Vaccination in Bombay 1863-1868 - 1863-1868
Year: 1863
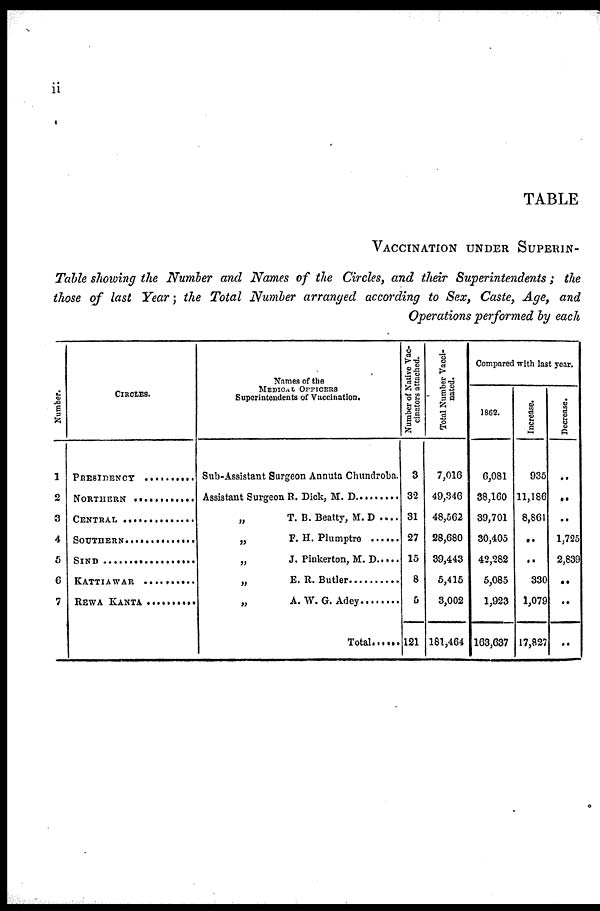
ii
TABLE
VACCINATION UNDER SUPERIN-
Table showing the Number and Names of the Circles, and their Superintendents; the
those of last Year; the Total Number arranged according to Sex, Caste, Age, and
Operations performed by each
Number.
1
2
3
4
5
6
7
CIRCLES.
PRESIDENCY .................
NORTHERN ................
CENTRAL .............
SOUTHERN ..............
SIND ..................
KATTIAWAR .........
REWA KANTA ............
Names of the
MEDICAL OFFICERS
Superintendents of Vaccination.
Sub-Assistant Surgeon Annuta Chundroba.
Assistant Surgeon R. Dick, M. D. ...........
„
T. B. Beatty, M. D ....
„ F. H. Plumptre ......
„ J. Pinkerton, M. D.....
„ E. R. Butler...............
„ A. W. G. Adey .............
Total.......
Number of Native Vac-
cinators attached.
3
32
31
27
15
8
5
121
Total Number Vacci-
nated.
7,016
49,346
48,562
28,680
39,443
5,415
3,002
181,464
Compared with last year.
1862.
6,081
38,160
39,701
30,405
42,282
5,085
1,923
163,637
Increase.
935
11,186
8,861
..
..
330
1,079
17,827
Decrease.
..
..
..
1,725
2,839
..
..
..